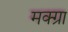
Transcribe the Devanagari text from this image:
मक्ग्रा